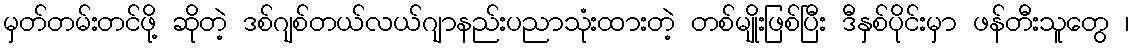
မှတ်တမ်းတင်ဖို့ ဆိုတဲ့ ဒစ်ဂျစ်တယ်လယ်ဂျာနည်းပညာသုံးထားတဲ့ တစ်မျိုးဖြစ်ပြီး ဒီနှစ်ပိုင်းမှာ ဖန်တီးသူတွေ ၊